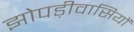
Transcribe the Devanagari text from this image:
झोपड़ीवासियों